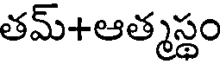
తమ్+ఆత్మస్థం